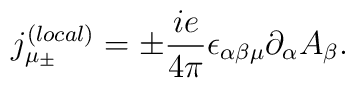
{j_{\mu_{\pm}}^{(local)}}=\pm\frac{ie}{4\pi}\epsilon_{\alpha\beta\mu}\partial_{\alpha}A_{\beta}.